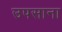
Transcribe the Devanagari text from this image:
उपसाना